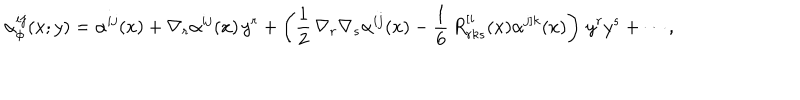
\alpha _ { \phi } ^ { i j } ( x ; y ) = \alpha ^ { i j } ( x ) + \nabla _ { r } \alpha ^ { i j } ( x ) \, y ^ { r } + \left( \frac 1 2 \, \nabla _ { r } \nabla _ { s } \alpha ^ { i j } ( x ) - \frac 1 6 \, R _ { r k s } ^ { [ i } ( x ) \alpha ^ { j ] k } ( x ) \right) \, y ^ { r } y ^ { s } + \cdots ,